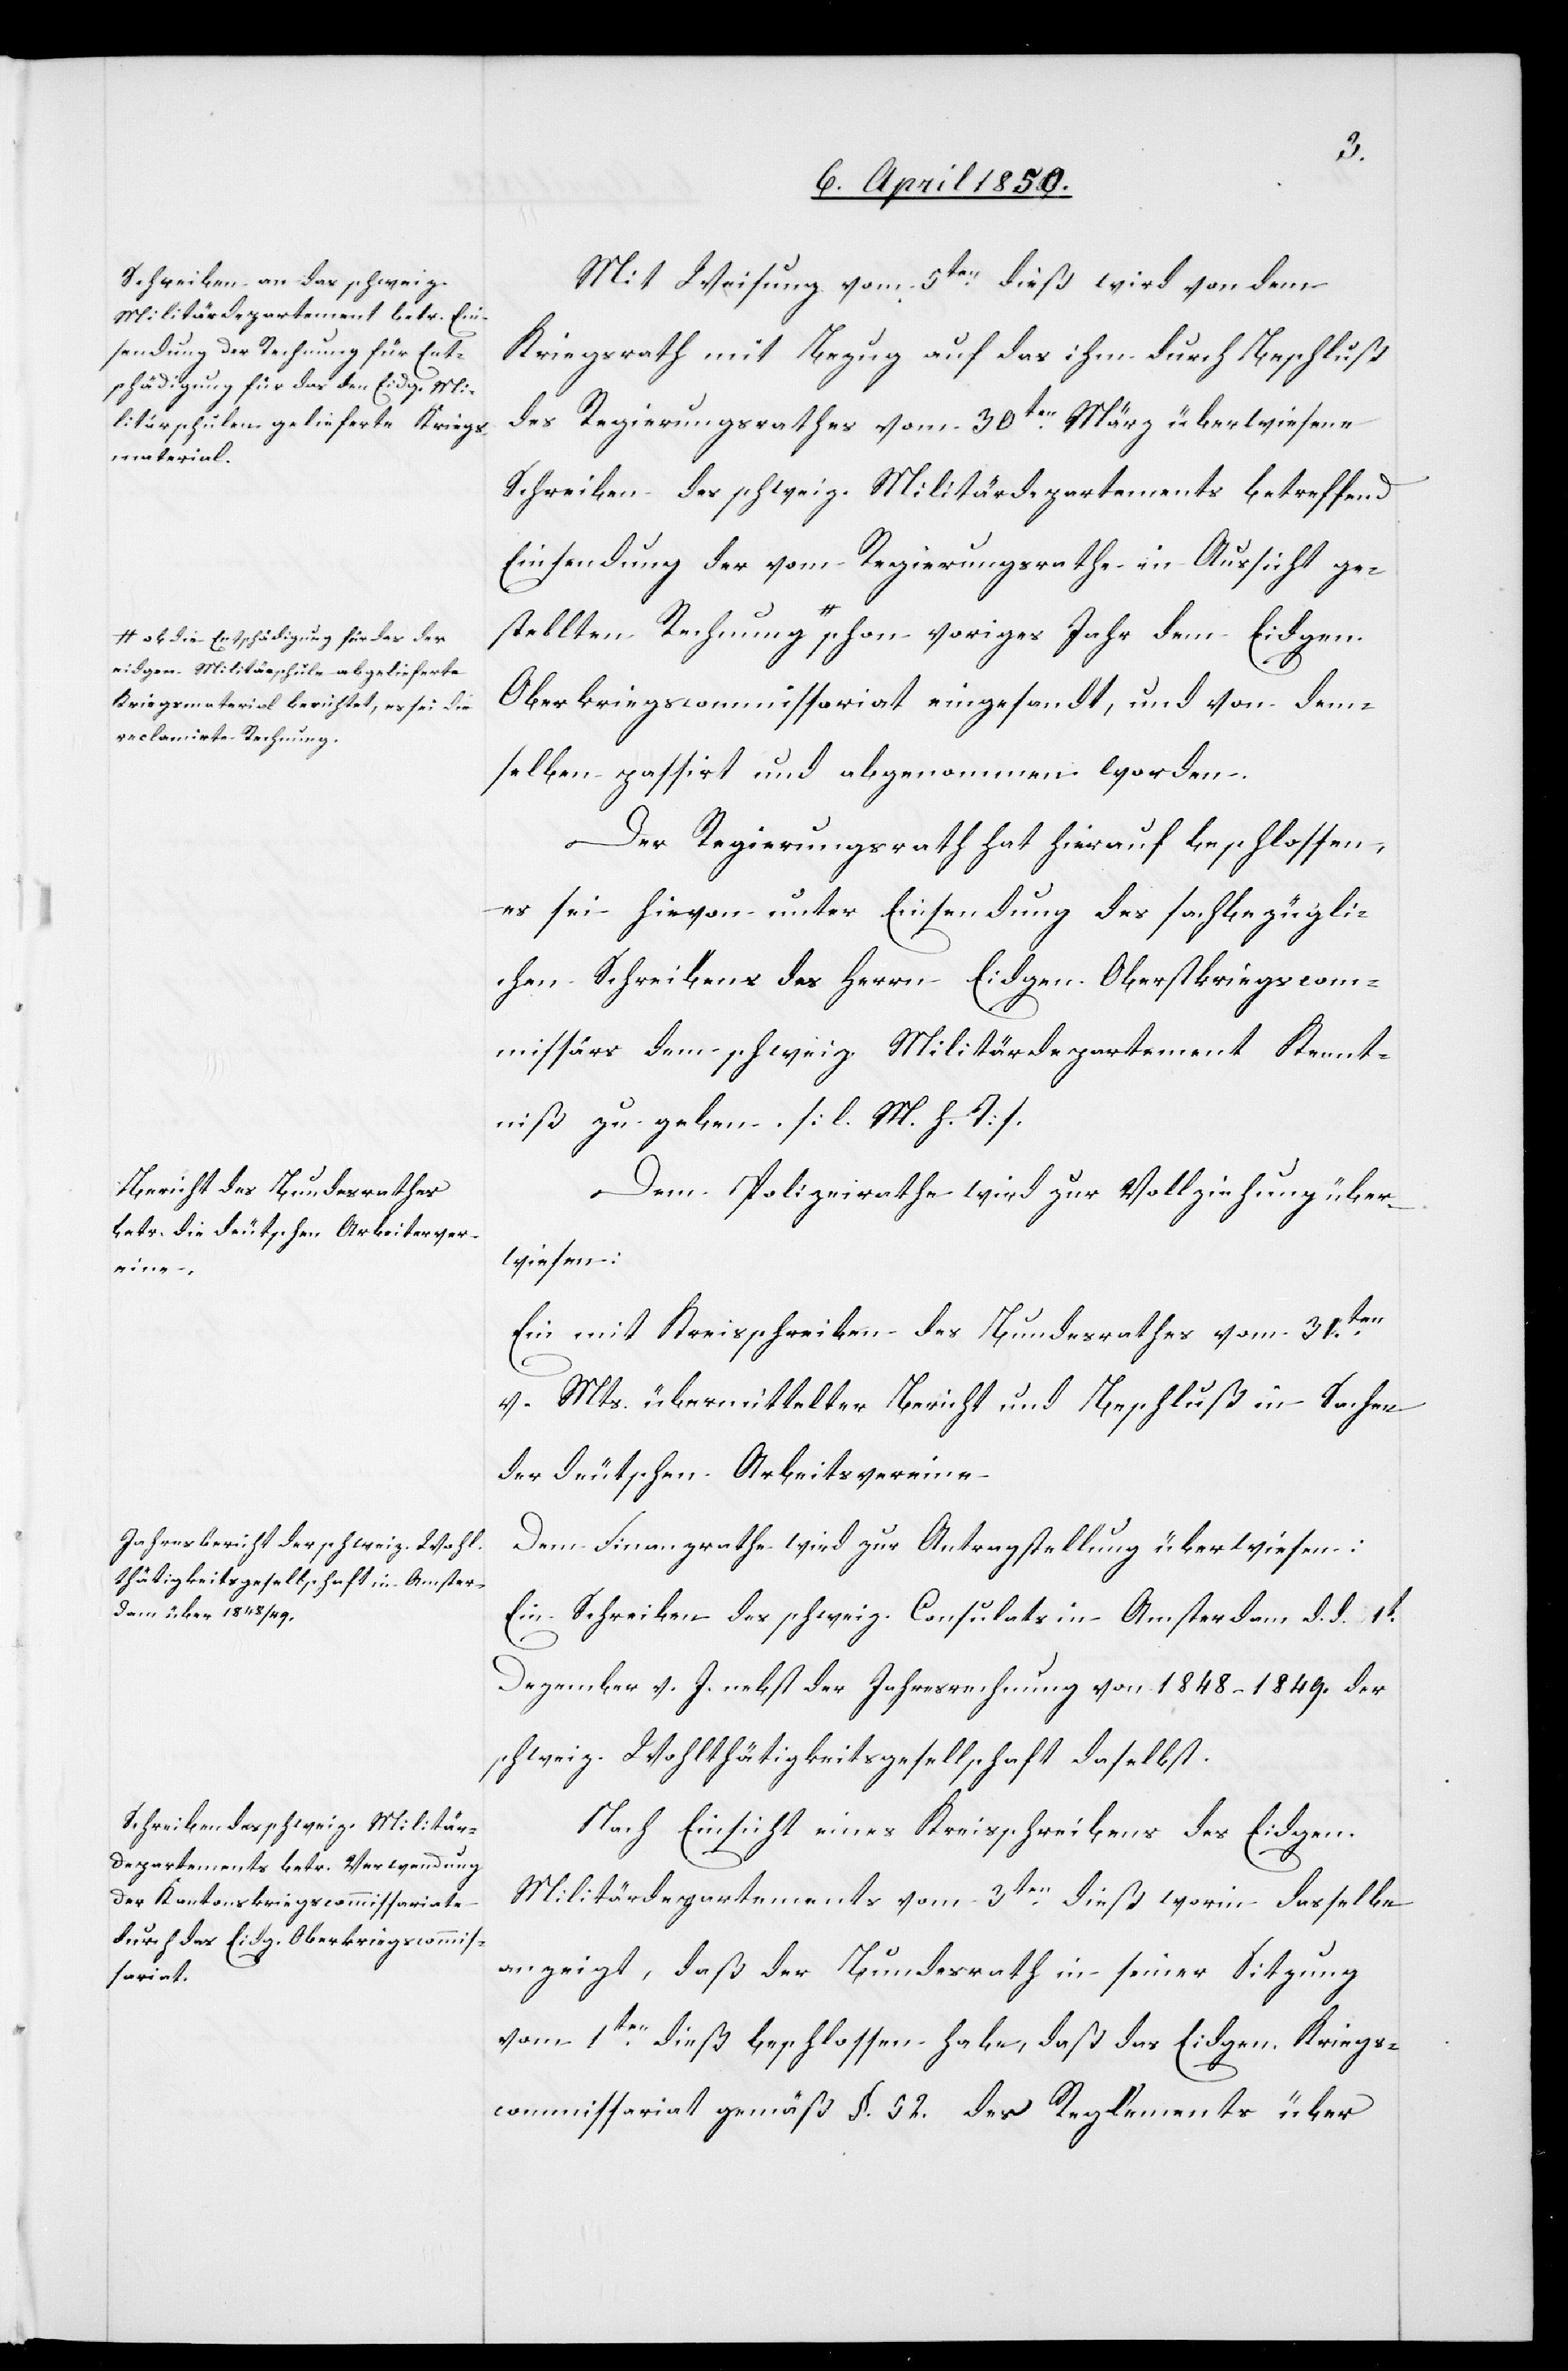
a-ob die Entschädigung für das der
eidgen. Militärschule abgelieferte
Kriegsmaterial berichtet, es sei die
reclamirte Rechnung-a
voriges

Mit Weisung vom 5ten dieß wird von dem
Kriegsrath mit Bezug auf das ihm durch Beschluß
des Regierungsrathes vom 30ten März überwiesene
Schreiben des schweiz. Militärdepartements betreffend
Einsendung der vom Regierungsrathe in Aussicht ge¬
Oberkriegscommissariat eingesandt, und von dem¬
selben passirt und abgenommen worden.
dem Eidgen.
Der Regierungsrath hat hierauf beschlossen,
es sei hievon unter Einsendung des sachbezügli¬
chen Schreibens des Herrn Eidgen. Oberstkriegscom¬
missärs dem schweiz. Militärdepartement Kennt¬
niß zu geben. [l. M. h. T].
Dem Polizeirathe wird zur Vollziehung über¬
wiesen:
Ein mit Kreisschreiben des Bundesrathes vom 31.ten
v. Mts. übermittelter Bericht und Beschluß in Sachen
der deutschen Arbeitsvereine.
Dem Finanzrathe wird zur Antragstellung überwiesen:
Ein Schreiben des schweiz. Consulats in Amsterdam d. d. 1t
Dezember v. J. nebst der Jahresrechnung von 1848–1849. der
schweiz. Wohlthätigkeitsgesellschaft daselbst.
Nach Einsicht eines Kreisschreibens des Eidgen.
Militärdepartements vom 3ten dieß worin dasselbe
anzeigt, daß der Bundesrath in seiner Sitzung
vom 1ten dieß beschlossen habe, daß das Eidgen. Kriegs¬
commissariat gemäß §. 52. des Reglements über